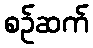
စဉ်ဆက်